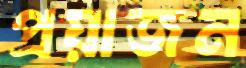
প্রয়াজন